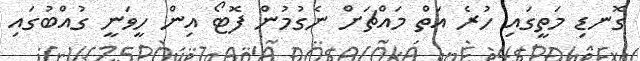
ގޮނޑި މަތީގައި ހުރެ އަތް މައްޗަށް ނެގުމުން ފޮޓޯ އިން ހީވަނީ ގުއްބުގައި